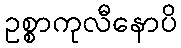
ဥစ္စာကုလီနောပိ